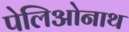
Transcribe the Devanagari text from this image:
पेलिओनाथ